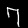
Label: 7